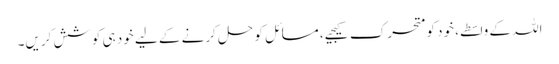
اللہ کے واسطے، خود کو متحرک کیجیے، مسائل کو حل کرنے کے لیے خود ہی کوشش کریں۔